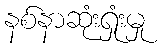
နစ်နာဆုံးရှုံးမှု